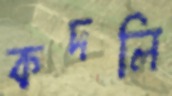
কদলি